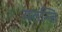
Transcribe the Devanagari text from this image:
यतन्ति